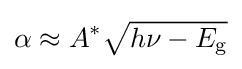
\alpha \approx A^{*}{\sqrt {h\nu -E_{\text{g}}}}